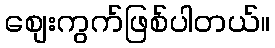
စျေးကွက်ဖြစ်ပါတယ်။